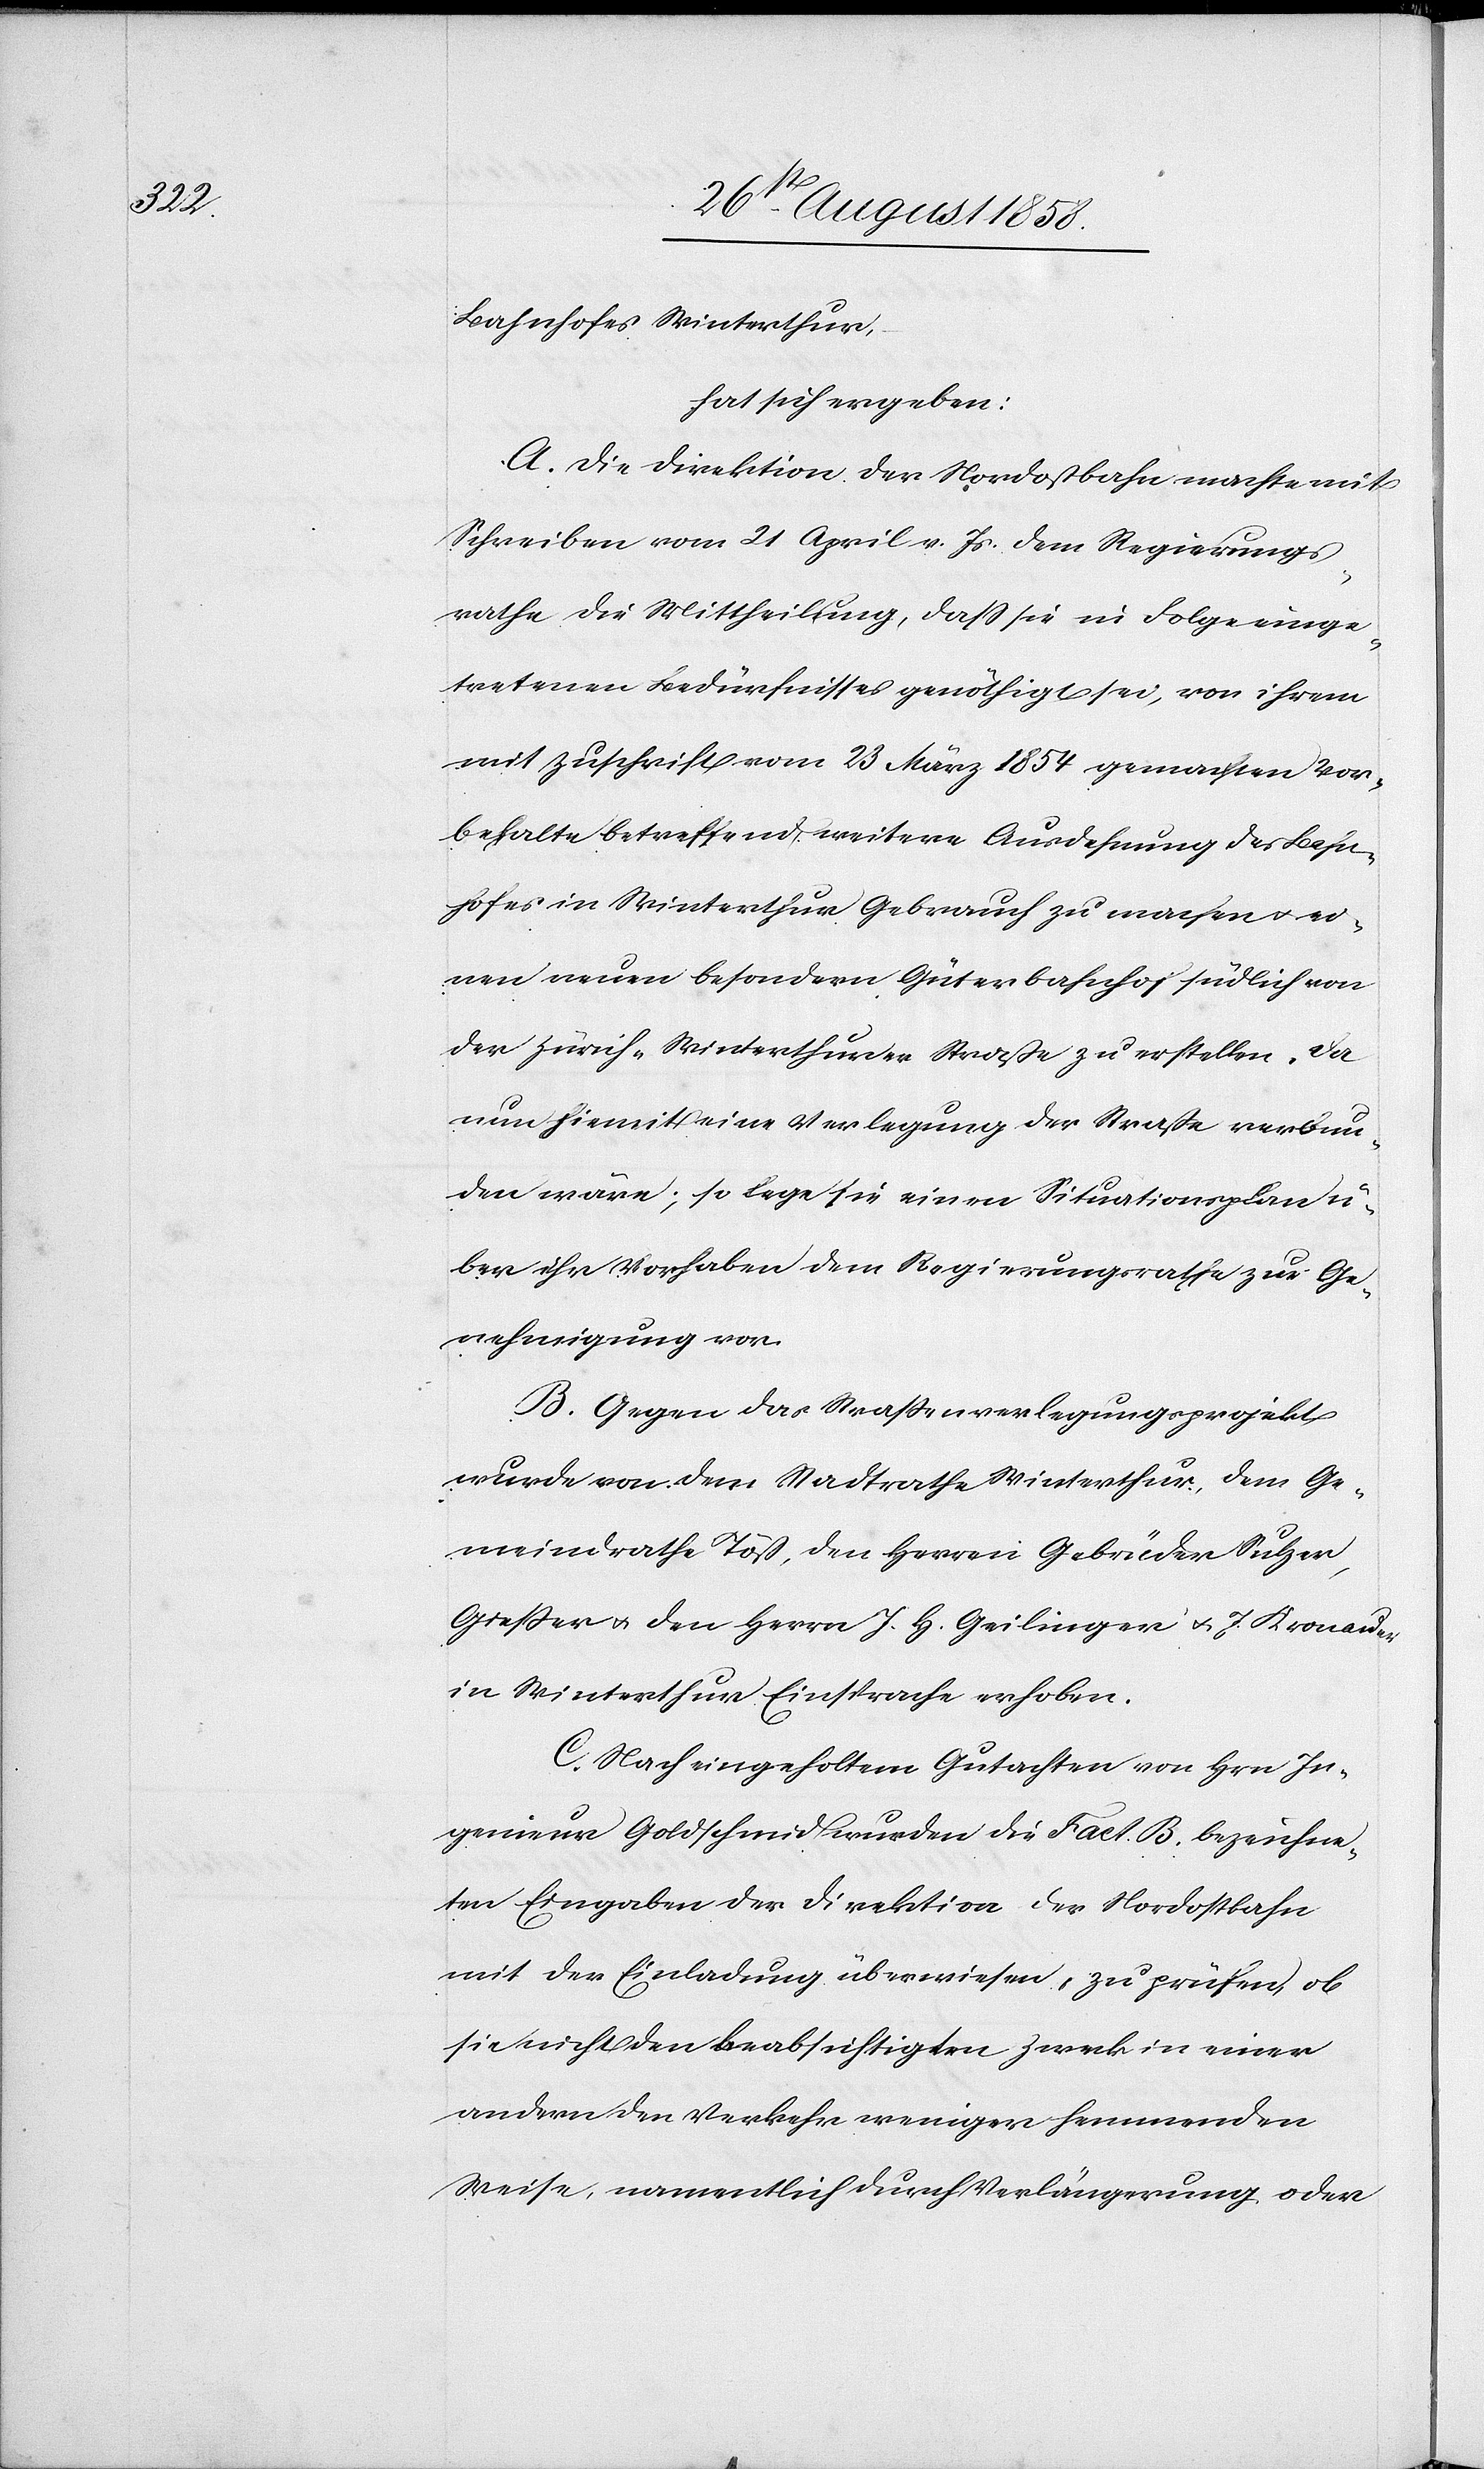
Bahnhofes Winterthur,
hat sich ergeben:
A. Die Direktion der Nordostbahn machte mit
Schreiben vom 21 April v. Js. dem Regierungs¬
rathe die Mittheilung, dass sie in Folge einge¬
tretenen Bedürfnisses genöthigt sei, von ihrem
mit Zuschrift vom 23 März 1854 gemachten Vor¬
behalte betreffend weitere Ausdehnung des Bahn¬
hofes in Winterthur Gebrauch zu machen & ei¬
nen neuen besondern Güterbahnhof südlich von
der Zürich–Winterthurer Straße zu erstellen. Da
nun hiemit eine Verlegung der Straße verbun¬
den wäre, so lege sie einen Situationsplan ü¬
ber ihr Vorhaben dem Regierungsrathe zur Ge¬
nehmigung vor.
B. Gegen das Straßenverlegungsprojekt
wurde von dem Stadtrathe Winterthur, dem Ge¬
meindrathe Töß, den Herren Gebrüder Sulzer,
Gießer & den Herrn J. H. Geilinger & J. Kronauer
in Winterthur Einsprache erhoben.
C. Nach eingeholtem Gutachten von Hrn. In¬
genieur Goldschmid wurden die Fact. B. bezeichne¬
ten Eingaben der Direktion der Nordostbahn
mit der Einladung überwiesen, zu prüfen, ob
sie nicht den beabsichtigten Zweck in einer
andern den Verkehr weniger hemmenden
Weise, namentlich durch Verlängerung oder